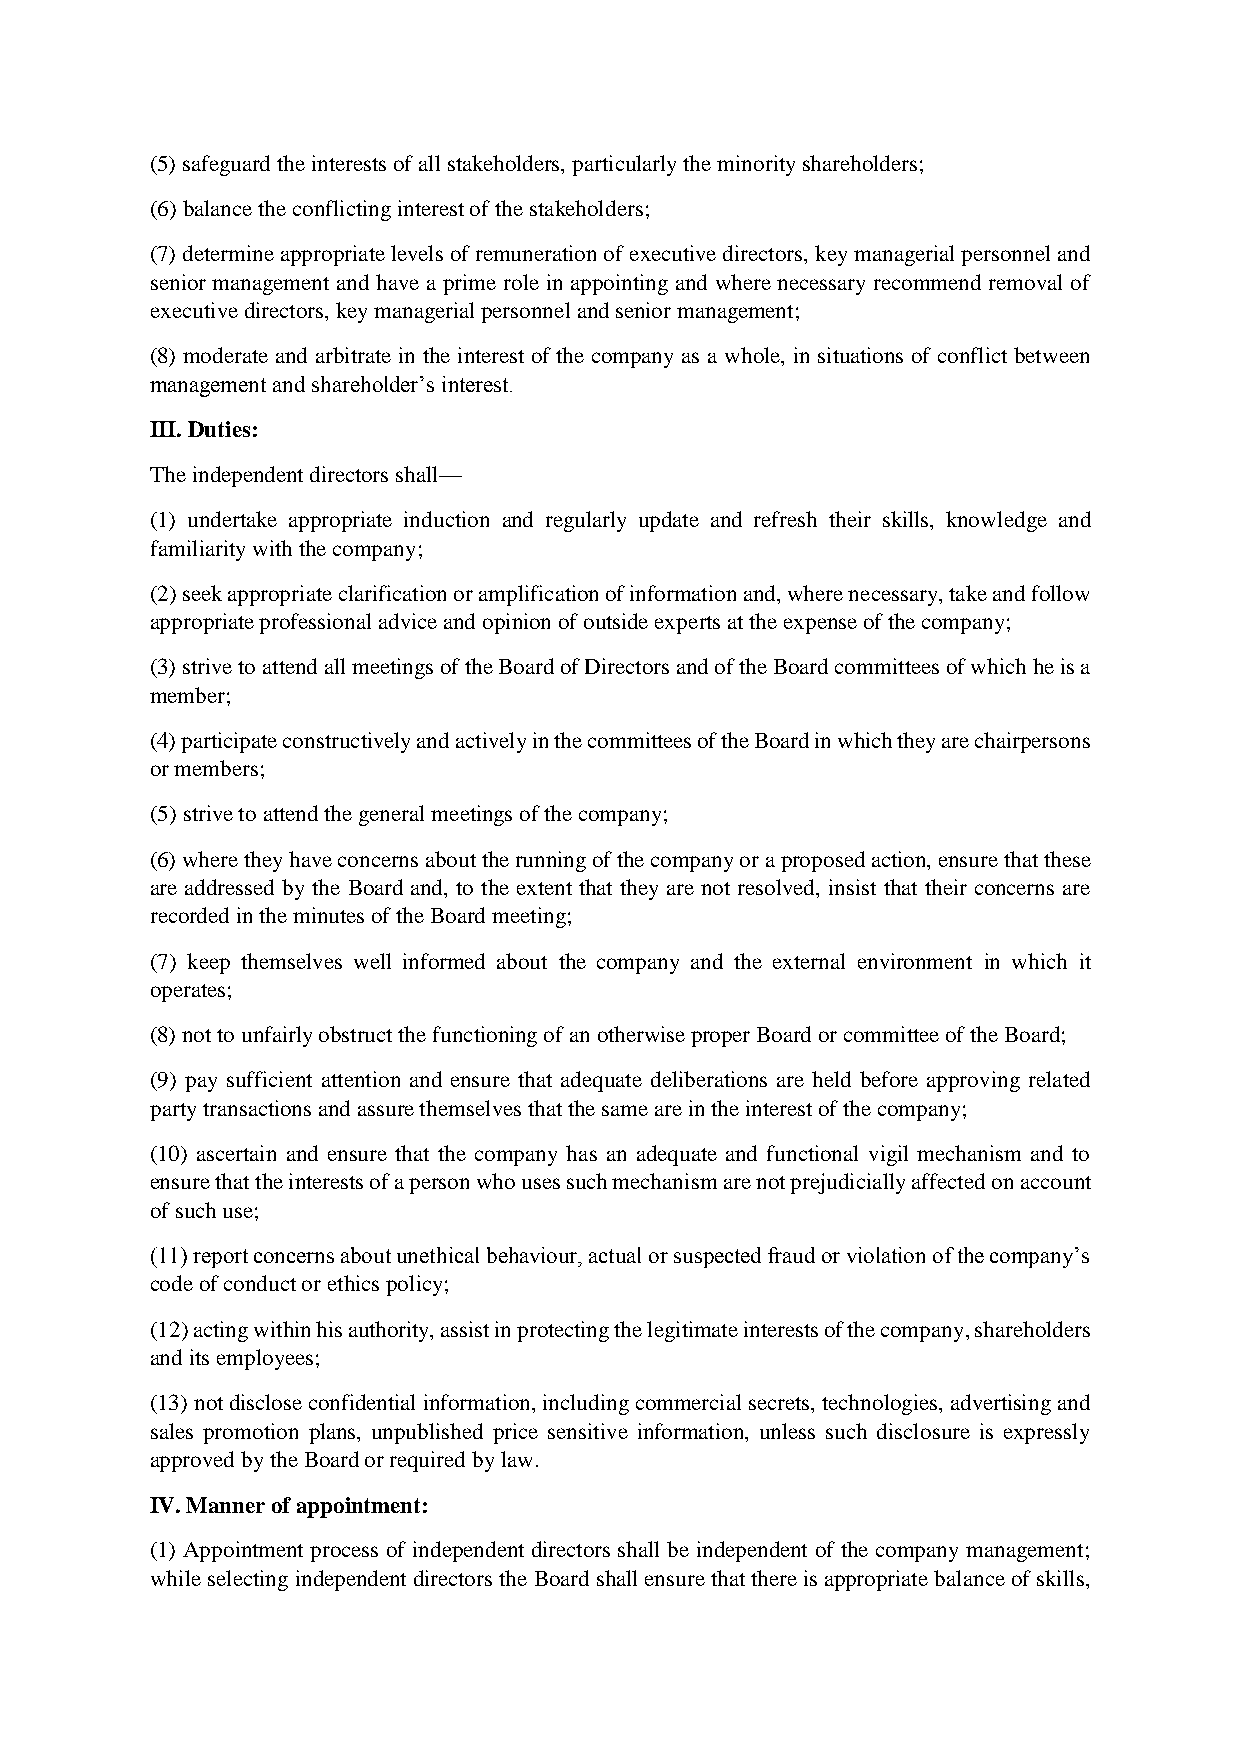
(5) safeguard the interests of all stakeholders, particularly the minority shareholders;
 (6) balance the conflicting interest of the stakeholders;
 (7) determine appropriate levels of remuneration of executive directors, key managerial personnel and
 senior management and have a prime role in appointing and where necessary recommend removal of
 executive directors, key managerial personnel and senior management;
 (8) moderate and arbitrate in the interest of the company as a whole, in situations of conflict between
 management and shareholder’s interest.
 III. Duties:
 The independent directors shall—
 (1) undertake appropriate induction and regularly update and refresh their skills, knowledge and
 familiarity with the company;
 (2) seek appropriate clarification or amplification of information and, where necessary, take and follow
 appropriate professional advice and opinion of outside experts at the expense of the company;
 (3) strive to attend all meetings of the Board of Directors and of the Board committees of which he is a
 member;
 (4) participate constructively and actively in the committees of the Board in which they are chairpersons
 or members;
 (5) strive to attend the general meetings of the company;
 (6) where they have concerns about the running of the company or a proposed action, ensure that these
 are addressed by the Board and, to the extent that they are not resolved, insist that their concerns are
 recorded in the minutes of the Board meeting;
 (7) keep themselves well informed about the company and the external environment in which it
 operates;
 (8) not to unfairly obstruct the functioning of an otherwise proper Board or committee of the Board;
 (9) pay sufficient attention and ensure that adequate deliberations are held before approving related
 party transactions and assure themselves that the same are in the interest of the company;
 (10) ascertain and ensure that the company has an adequate and functional vigil mechanism and to
 ensure that the interests of a person who uses such mechanism are not prejudicially affected on account
 of such use;
 (11) report concerns about unethical behaviour, actual or suspected fraud or violation of the company’s
 code of conduct or ethics policy;
 (12) acting within his authority, assist in protecting the legitimate interests of the company, shareholders
 and its employees;
 (13) not disclose confidential information, including commercial secrets, technologies, advertising and
 sales promotion plans, unpublished price sensitive information, unless such disclosure is expressly
 approved by the Board or required by law.
 IV. Manner of appointment:
 (1) Appointment process of independent directors shall be independent of the company management;
 while selecting independent directors the Board shall ensure that there is appropriate balance of skills,